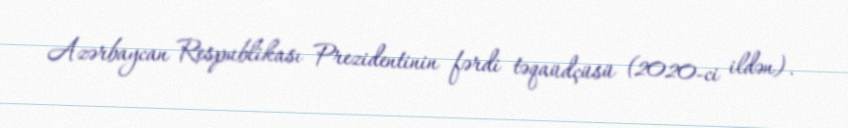
Azərbaycan Respublikası Prezidentinin fərdi təqaüdçüsü (2020-ci ildən).